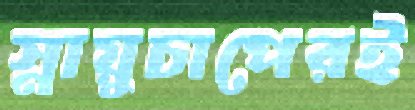
স্নায়ুচাপেরই